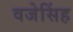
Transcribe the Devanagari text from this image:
वजेसिंह